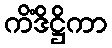
ကိံဒိဋ္ဌိကာ